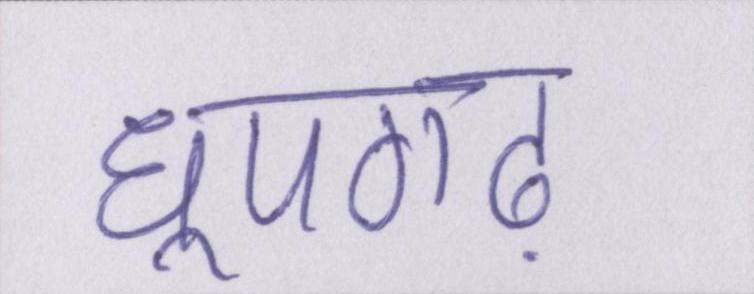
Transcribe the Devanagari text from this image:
धूपगढ़